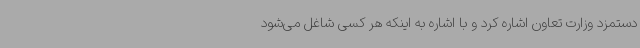
دستمزد وزارت تعاون اشاره کرد و با اشاره به اینکه هر کسی شاغل می‌شود